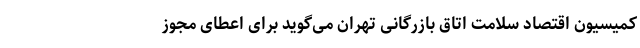
کمیسیون اقتصاد سلامت اتاق بازرگانی تهران می‌گوید برای اعطای مجوز